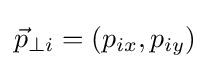
{\vec {p}}_{\perp i}=(p_{ix},p_{iy})